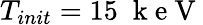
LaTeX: T_{init}=15\; \mathrm{~k~e~V~}